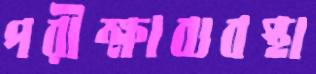
পরীক্ষাব্যবস্থা